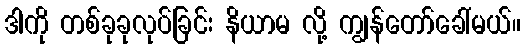
ဒါကို တစ်ခုခုလုပ်ခြင်း နိယာမ လို့ ကျွန်တော်ခေါ်မယ်။